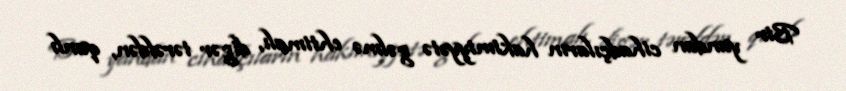
Bir yandan cihadçıların hakimiyyətə gəlmə ehtimalı, digər tərəfdən, qanlı